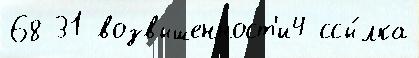
68 31 возвышенност'и4 ссы́лка